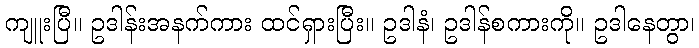
ကျူးပြီ။ ဥဒါန်းအနက်ကား ထင်ရှားပြီး။ ဥဒါနံ၊ ဥဒါန်စကားကို။ ဥဒါနေတွာ၊